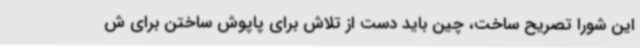
این شورا تصریح ساخت، چین باید دست از تلاش برای پاپوش ساختن برای ش